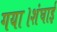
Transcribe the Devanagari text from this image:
गया।शंघाई